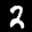
Label: 2